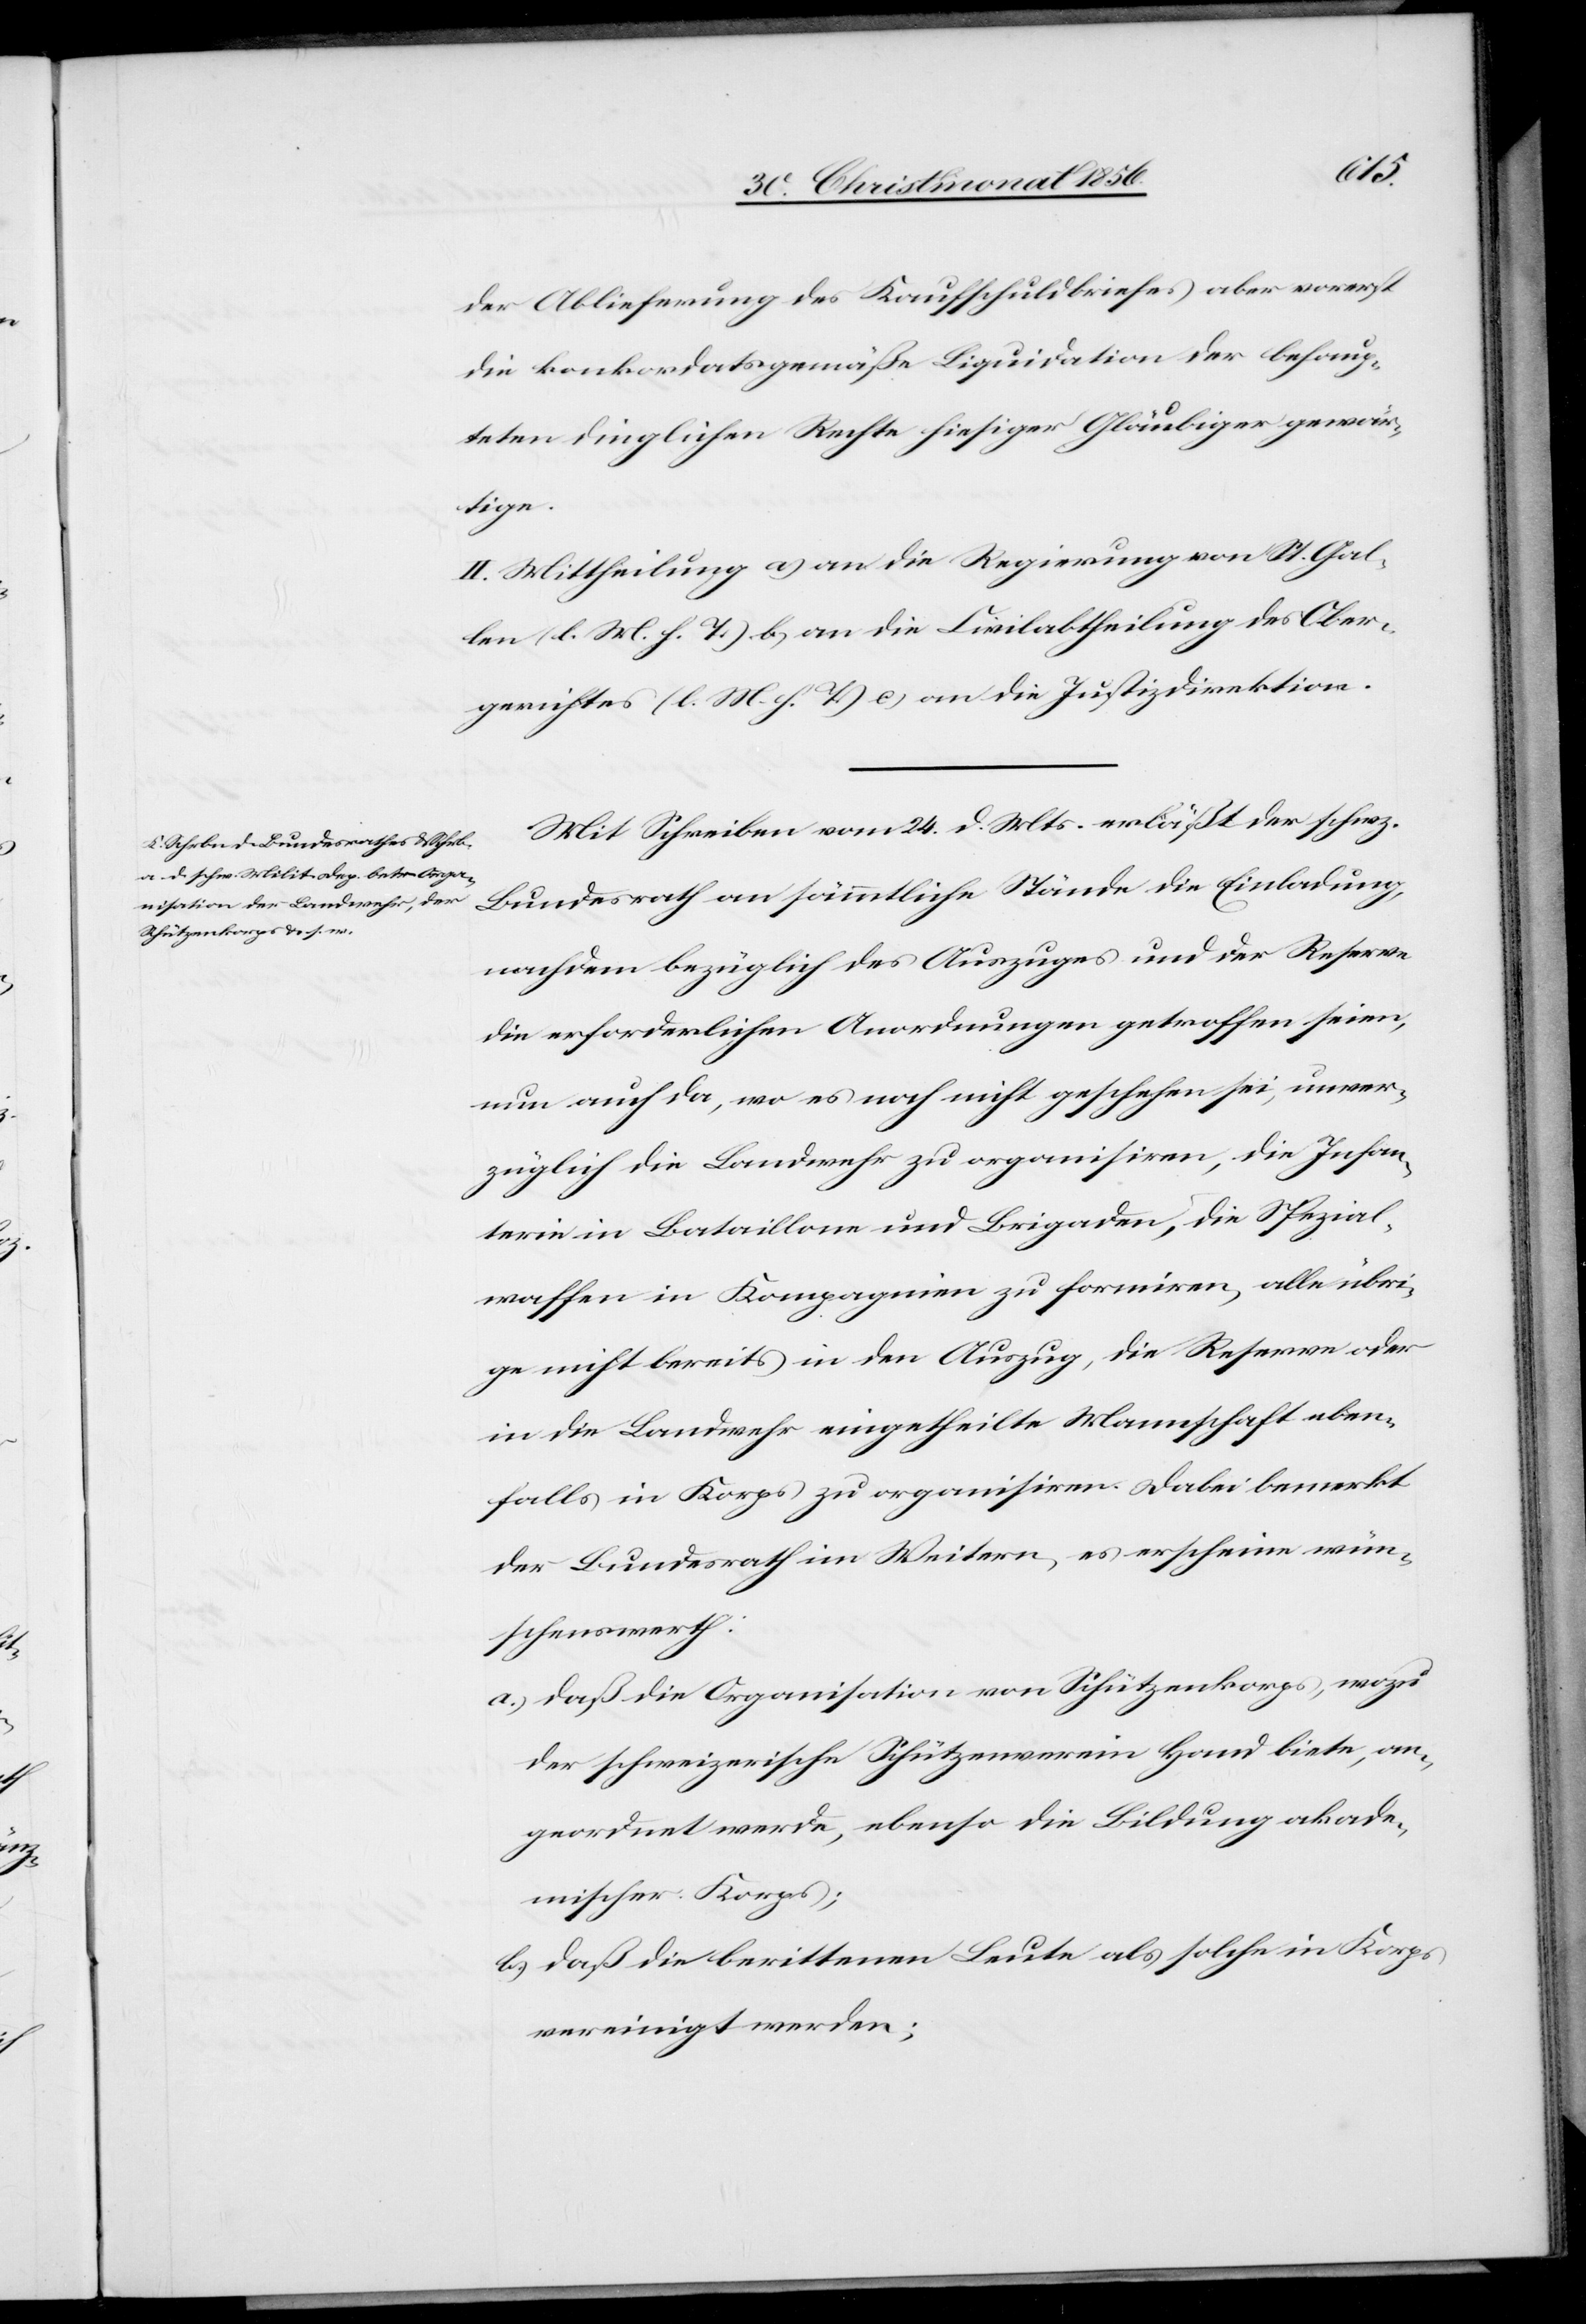
der Ablieferung des Kaufschuldbriefes aber vorerst
die konkordatsgemäße Liquidation der behaup¬
teten dinglichen Rechte hiesiger Gläubiger gewär¬
tige.
II. Mittheilung a) an die Regierung von St. Gal¬
len (l. M. h. T.) b) an die Civilabtheilung des Ober¬
gerichtes (l. M. h. T.) c) an die Justizdirektion.
Mit Schreiben vom 24. d. Mts. erläßt der schwz.
Bundesrath an sämmtliche Stände die Einladung,
nachdem bezüglich des Auszuges und der Reserve
die erforderlichen Anordnungen getroffen seien,
nun auch da, wo es noch nicht geschehen sei, unver¬
züglich die Landwehr zu organisiren, die Infan¬
terie in Bataillone und Brigaden, die Spezial¬
waffen in Kompagnien zu formiren, alle übri¬
ge nicht bereits in den Auszug, die Reserve oder
in die Landwehr eingetheilte Mannschaft eben¬
falls in Korps zu organisiren. Dabei bemerkt
der Bundesrath im Weitern, es erscheine wün¬
schenswerth:
a.) daß die Organisation von Schützenkorps, wozu
der schweizerische Schützenverein Hand biete, an¬
geordnet werde, ebenso die Bildung akade¬
mischer Korps;
b.) daß die berittenen Leute als solche in Korps
vereinigt werden;